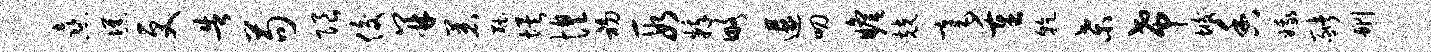
熹憔更告苟限俊并着黜埃惶初段粹略遘叨瞻兢毫重干桑希垢香娥猪删